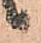
候